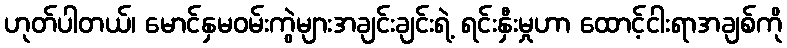
ဟုတ်ပါတယ်၊ မောင်နှမဝမ်းကွဲများအချင်းချင်းရဲ့ ရင်းနှီးမှုဟာ ထောင့်ငါးရာအချစ်ကို